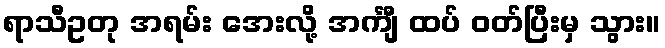
ရာသီဥတု အရမ်း အေးလို့ အင်္ကျီ ထပ် ဝတ်ပြီးမှ သွား။